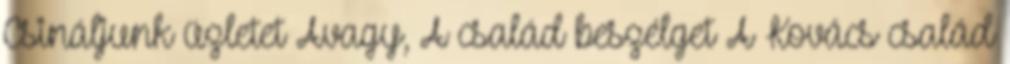
Csináljunk üzletet Avagy, A család beszélget A Kovács család